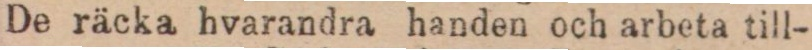
De räcka hvarandra handen och arbeta till-